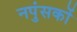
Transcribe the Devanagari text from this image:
नपुंसकों